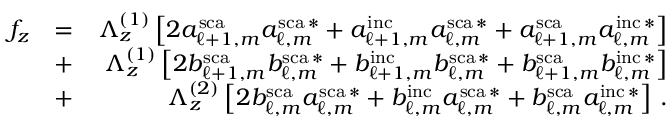
\begin{array} { r l r } { f _ { z } } & { = } & { \Lambda _ { z } ^ { ( 1 ) } \left[ 2 a _ { \ell + 1 , m } ^ { \mathrm { s c a } } a _ { \ell , m } ^ { \mathrm { s c a } \, * } + a _ { \ell + 1 , m } ^ { \mathrm { i n c } } a _ { \ell , m } ^ { \mathrm { s c a } \, * } + a _ { \ell + 1 , m } ^ { \mathrm { s c a } } a _ { \ell , m } ^ { \mathrm { i n c } \, * } \right] } \\ & { + } & { \Lambda _ { z } ^ { ( 1 ) } \left[ 2 b _ { \ell + 1 , m } ^ { \mathrm { s c a } } b _ { \ell , m } ^ { \mathrm { s c a } \, * } + b _ { \ell + 1 , m } ^ { \mathrm { i n c } } b _ { \ell , m } ^ { \mathrm { s c a } \, * } + b _ { \ell + 1 , m } ^ { \mathrm { s c a } } b _ { \ell , m } ^ { \mathrm { i n c } \, * } \right] } \\ & { + } & { \Lambda _ { z } ^ { ( 2 ) } \left[ 2 b _ { \ell , m } ^ { \mathrm { s c a } } a _ { \ell , m } ^ { \mathrm { s c a } \, * } + b _ { \ell , m } ^ { \mathrm { i n c } } a _ { \ell , m } ^ { \mathrm { s c a } \, * } + b _ { \ell , m } ^ { \mathrm { s c a } } a _ { \ell , m } ^ { \mathrm { i n c } \, * } \right] \, . } \end{array}